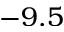
- 9 . 5